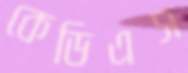
কেডিএস